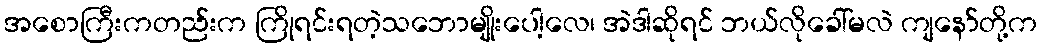
အစောကြီးကတည်းက ကြိုရင်းရတဲ့သဘောမျိုးပေါ့လေ၊ အဲဒါဆိုရင် ဘယ်လိုခေါ်မလဲ ကျနော်တို့က